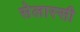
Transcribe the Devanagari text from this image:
सेलास्सी